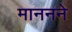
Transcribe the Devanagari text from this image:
माननने